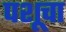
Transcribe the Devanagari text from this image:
पशूचा